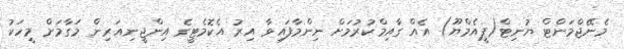
މެނޭޖްމަންޓް ޔުނިޓް(ޕީއެމްޔޫ) އެއް ގާއިމްކުރުމަށް ނިންމާފައިވާ އިރު އެކޮމެޓީގެ އިންޖީނިއަރިން މަގާމަށް މީހަކު